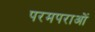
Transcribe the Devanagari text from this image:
परमपराओं